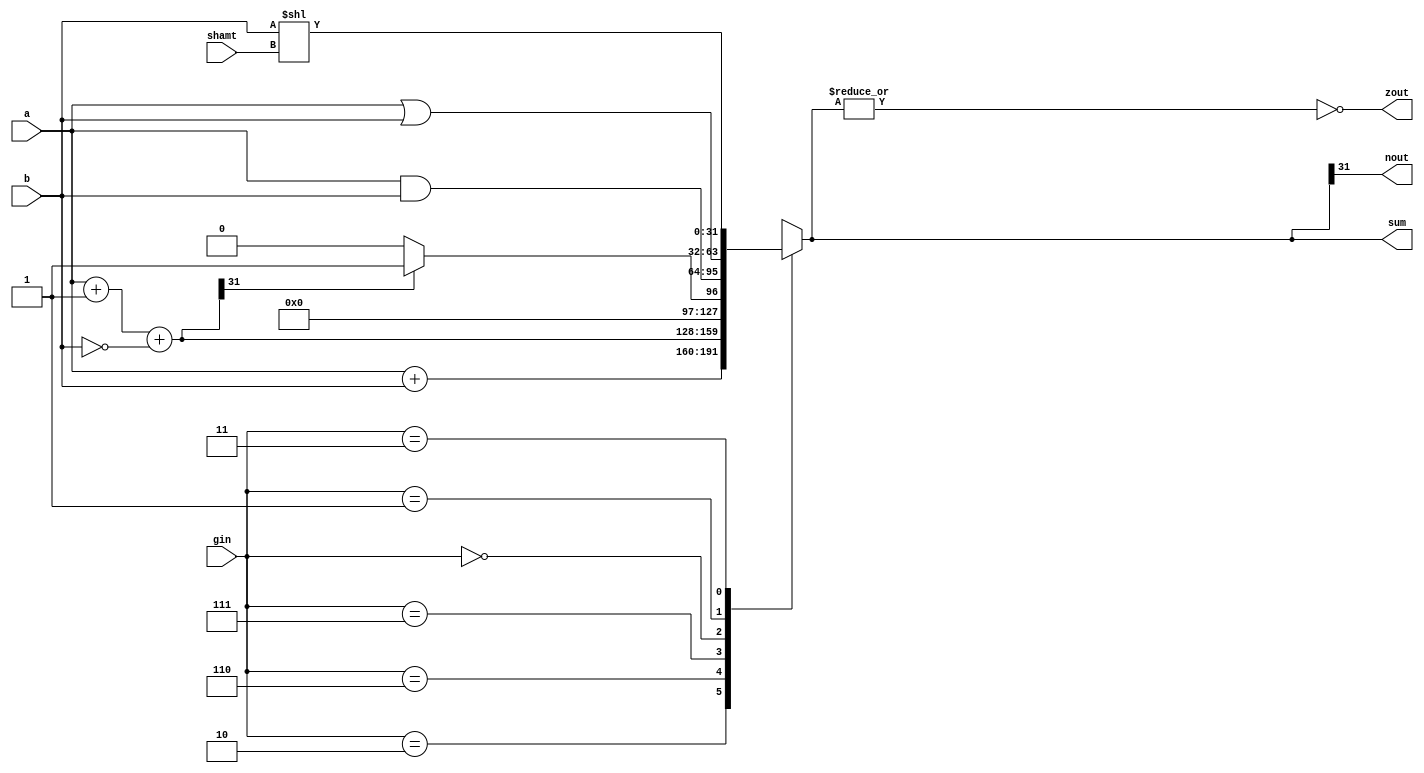
module alu32(sum,a,b,shamt,zout,nout,gin);//ALU operation according to the ALU control line values. Negative(nout) outputu eklendi*******************
output [31:0] sum;
input [31:0] a,b; 
input [4:0] shamt;
input [2:0] gin;//ALU control line
reg [31:0] sum;
reg [31:0] less;
output zout,nout; //nout eklendi************
reg zout,nout;
always @(a or b or gin)
begin
	zout=0;
	nout=0;
	case(gin)
	3'b010: sum=a+b; 		//ALU control line=010, ADD
	3'b110: sum=a+1+(~b);	//ALU control line=110, SUB
	3'b111: begin less=a+1+(~b);	//ALU control line=111, set on less than
			if (less[31]) sum=1;	
			else sum=0;
		  end
	3'b000: sum=a & b;	//ALU control line=000, AND
	3'b001: sum=a|b;		//ALU control line=001, OR
	3'b011: sum=b<<shamt;	//ALU control line=011, SLL eklendi*******************
	default: sum=31'bx;	
endcase
zout=~(|sum);
nout=sum[31]; //if the first bit is 1, then this means result is negative**********************
end
endmodule